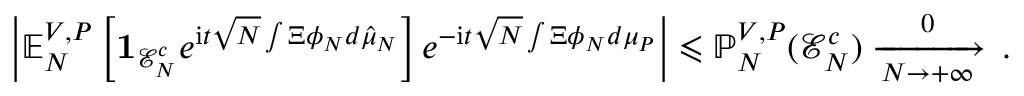
\left| \mathbb { E } _ { N } ^ { V , P } \left[ \mathbf { 1 } _ { \mathcal { E } _ { N } ^ { c } } e ^ { \mathrm { i } t \sqrt { N } \int \Xi \phi _ { N } d \hat { \mu } _ { N } } \right] e ^ { - \mathrm { i } t \sqrt { N } \int \Xi \phi _ { N } d \mu _ { P } } \right| \leqslant \mathbb { P } _ { N } ^ { V , P } ( \mathcal { E } _ { N } ^ { c } ) \xrightarrow [ N \to + \infty ] 0 \, .